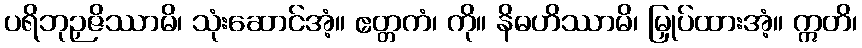
ပရိဘုဉှဇိဿာမိ၊ သုံးဆောင်အံ့။ ဧတ္တကံ၊ ကို။ နိဓဟိဿာမိ၊ မြှုပ်ထားအံ့။ ဣတိ၊